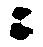
ニ